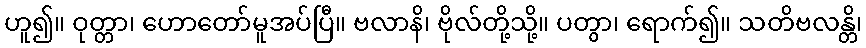
ဟူ၍။ ဝုတ္တာ၊ ဟောတော်မူအပ်ပြီ။ ဗလာနိ၊ ဗိုလ်တို့သို့။ ပတွာ၊ ရောက်၍။ သတိဗလန္တိ၊